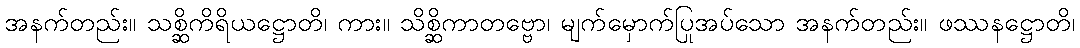
အနက်တည်း။ သစ္ဆိကိရိယဋ္ဌောတိ၊ ကား။ သိစ္ဆိကာတဗ္ဗော၊ မျက်မှောက်ပြုအပ်သော အနက်တည်း။ ဖဿနဋ္ဌောတိ၊